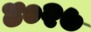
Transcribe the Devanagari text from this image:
४०२७